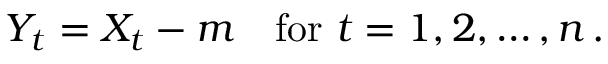
Y _ { t } = X _ { t } - m \quad { \mathrm { f o r ~ } } t = 1 , 2 , \dots , n \, .